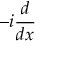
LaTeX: - i { \frac { d } { d x } }